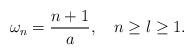
LaTeX: \begin{align*}\omega_n=\frac{n+1}{a}, \quad n\ge l \ge 1.\end{align*}